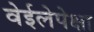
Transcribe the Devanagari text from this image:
वेईलेपेक्षा